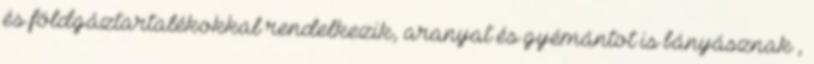
és földgáztartalékokkal rendelkezik, aranyat és gyémántot is bányásznak ,